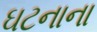
ઘટનાના